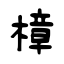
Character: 樟